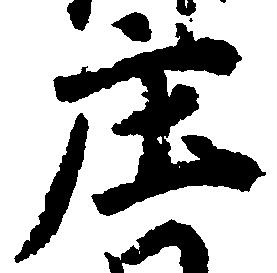
庄